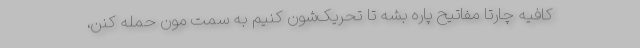
کافیه چارتا مفاتیح پاره بشه تا تحریک‌شون کنیم به سمت مون حمله کنن،